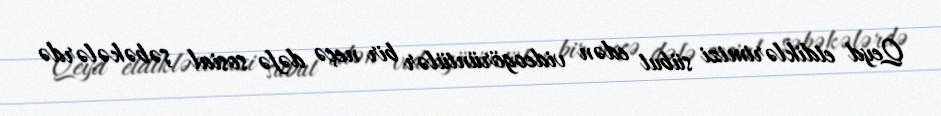
Qeyd etdiklərimizi sübut edən videogörüntülər bir neçə dəfə sosial şəbəkələrdə